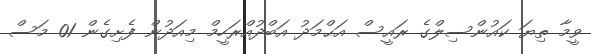
ވީމާ ތިޔަ ކައުންސިލްގެ ރައީސް އަޙްމަދު އަބްދުއްރަހީމް މިއަދުން ފެށިގެން 01 މަސް